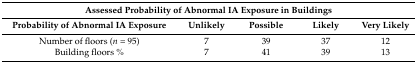
<table><thead><tr><td colspan="5"><b>Assessed Probability of Abnormal IA Exposure in Buildings</b></td></tr><tr><td><b>Probability of Abnormal IA Exposure</b></td><td><b>Unlikely</b></td><td><b>Possible</b></td><td><b>Likely</b></td><td><b>Very Likely</b></td></tr></thead><tbody><tr><td>Number of floors (<i>n</i> = 95)</td><td>7</td><td>39</td><td>37</td><td>12</td></tr><tr><td>Building floors %</td><td>7</td><td>41</td><td>39</td><td>13</td></tr></tbody></table>